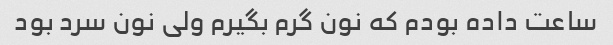
ساعت داده بودم که نون گرم بگیرم ولی نون سرد بود